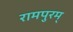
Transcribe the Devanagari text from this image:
रामपुरम्